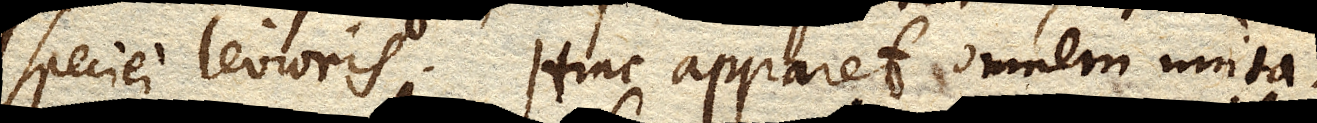
speciei levioris. Hanc apparet omnem muta–